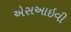
એસઆઇવી